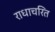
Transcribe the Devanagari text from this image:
राधाचरित